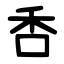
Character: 㕿